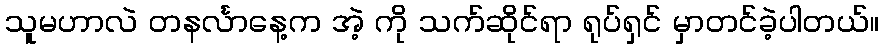
သူမဟာလဲ တနင်္လာနေ့က အဲ့ ကို သက်ဆိုင်ရာ ရုပ်ရှင် မှာတင်ခဲ့ပါတယ်။